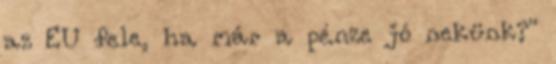
az EU fele, ha már a pénze jó nekünk?"